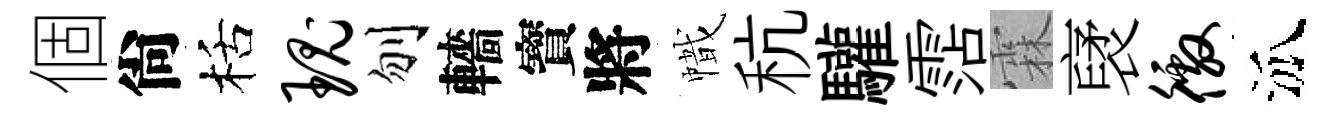
個尙栝瑰刎轖寳將幟秔驩霑霖裦徼泒